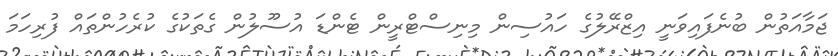
ޖަމާއަތުން ބުނެފައިވަނީ އިޒްރޭލުގެ ހައުސިން މިނިސްޓްރީން ޓެންޑަ އުސޫލުން ގެތަކުގެ ކުރެހުންތައް ފުރިހަމަ